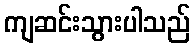
ကျဆင်းသွားပါသည်